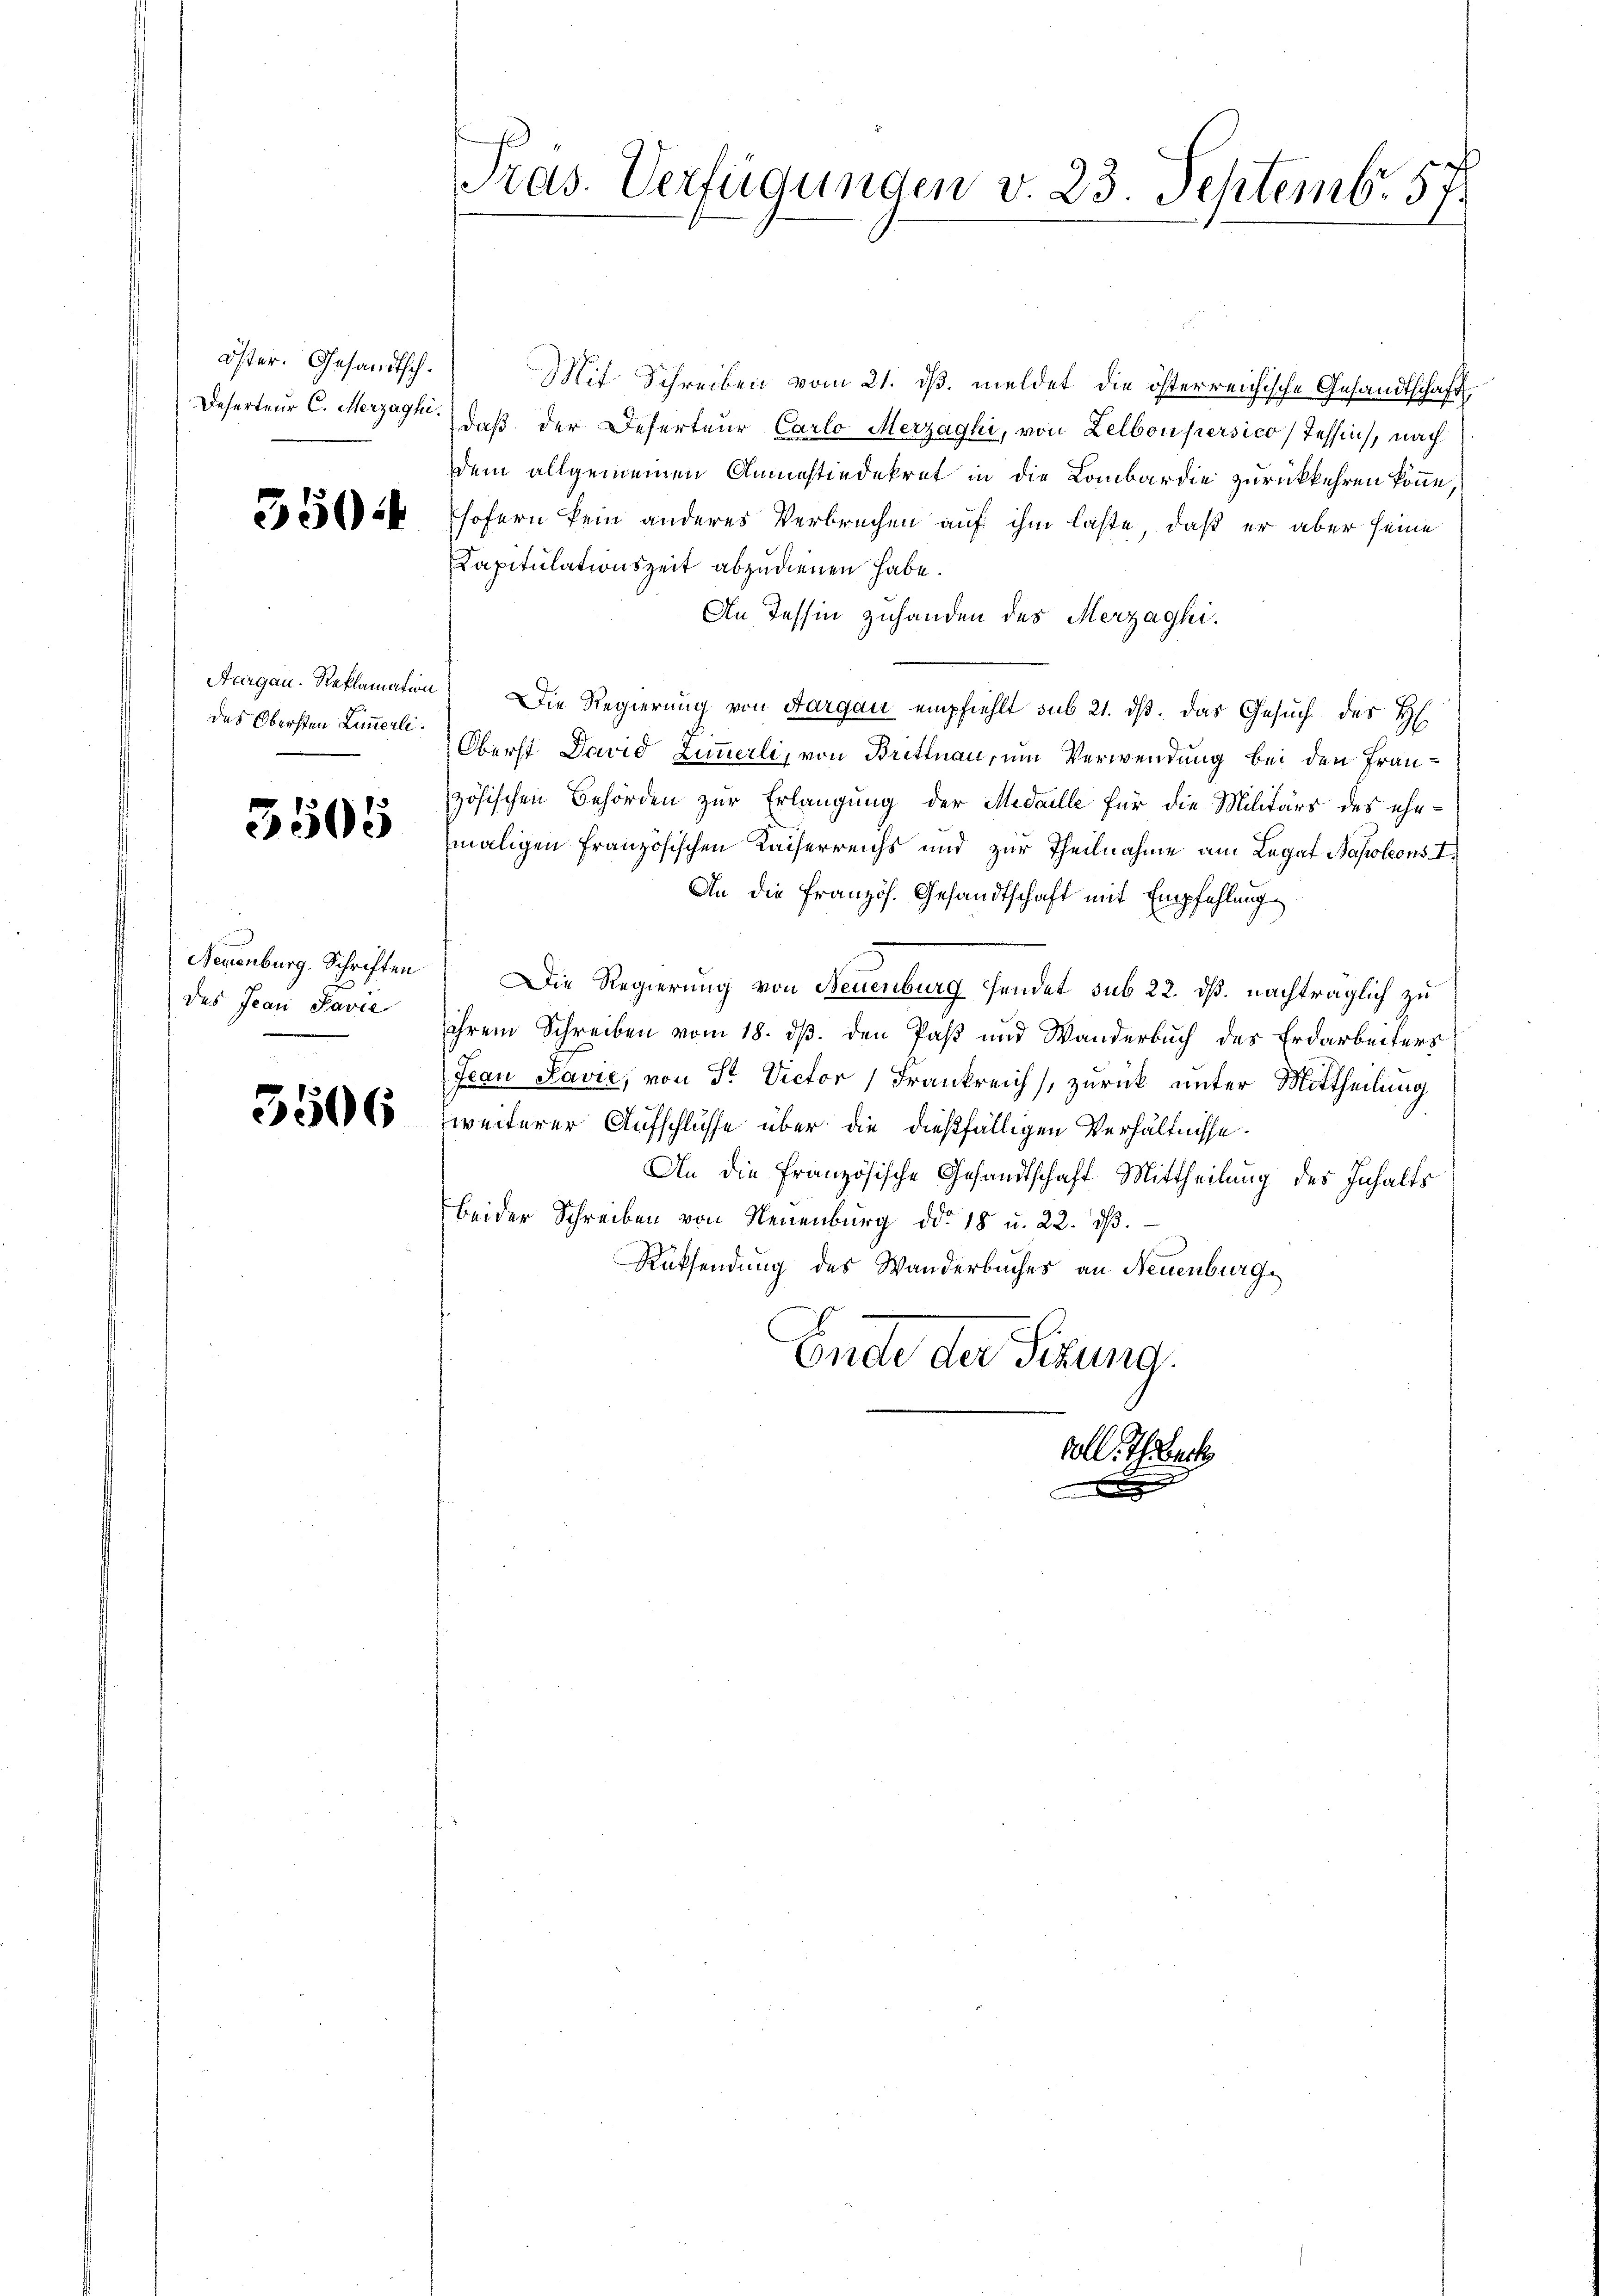
Öster. Gesandtsch¬

350.

das Obersten Limmerli.

5505

Neuenburg. Schriften
des Jean Pavie

5506

Tras. Verfügungen v. 23. Septemb. 57.

Mit Schreiben vom 21. dβ. meldet die österreichische Gesandtschaft
Deserteur C. Merzogl. daß der Deserteur Carlo Merzaghi, von Lelboupersico, Tessin, nach
dem allgemeinen Anmastindekret in die Lombardie zurückkehren könne,
sofern kein anderes Verbrechen auf ihm laste, daß er aber seine
Kapitulationszeit abzudienen habe.
An Tessin zuhanden des Merzaghi,
Aargau. Reklamation) Die Regierŭng von Aargau empfiehlt sub 21. dβ. Das Gesŭch des H
Oberst David Zimmerli, von Brittnau, um Verwendung bei den Französischen Behörden zur Erlangung der Medaille für die Militärs des ehemaligen Französischen Kaiserreichs und zur Theilnahme am Legat Napoleons I.
An die Französ. Gesandtschaft mit Empfehlung
Die Regierung von Neuenburg sendet sub 22. dß. nachträglich zu
ihrem Schreiben vom 18. ds. den Paß und Wanderbuch des Erdarbeiters
Jean Pavie, von Sr. Victor Frankreich zurück unter Mittheilung
zweiterer Aufschlüsse über die dießfälligen Verhältnisse.
An die französische Gesandtschaft Mittheilung des Inhalts
beider Schreiben von Neuenburg ddo 18 u. 22. dβ.
Rücksendung des Wanderbuches an Neuenburg,
Ende der Sitzung.
voll. Thiber